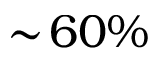
\sim \! 6 0 \%